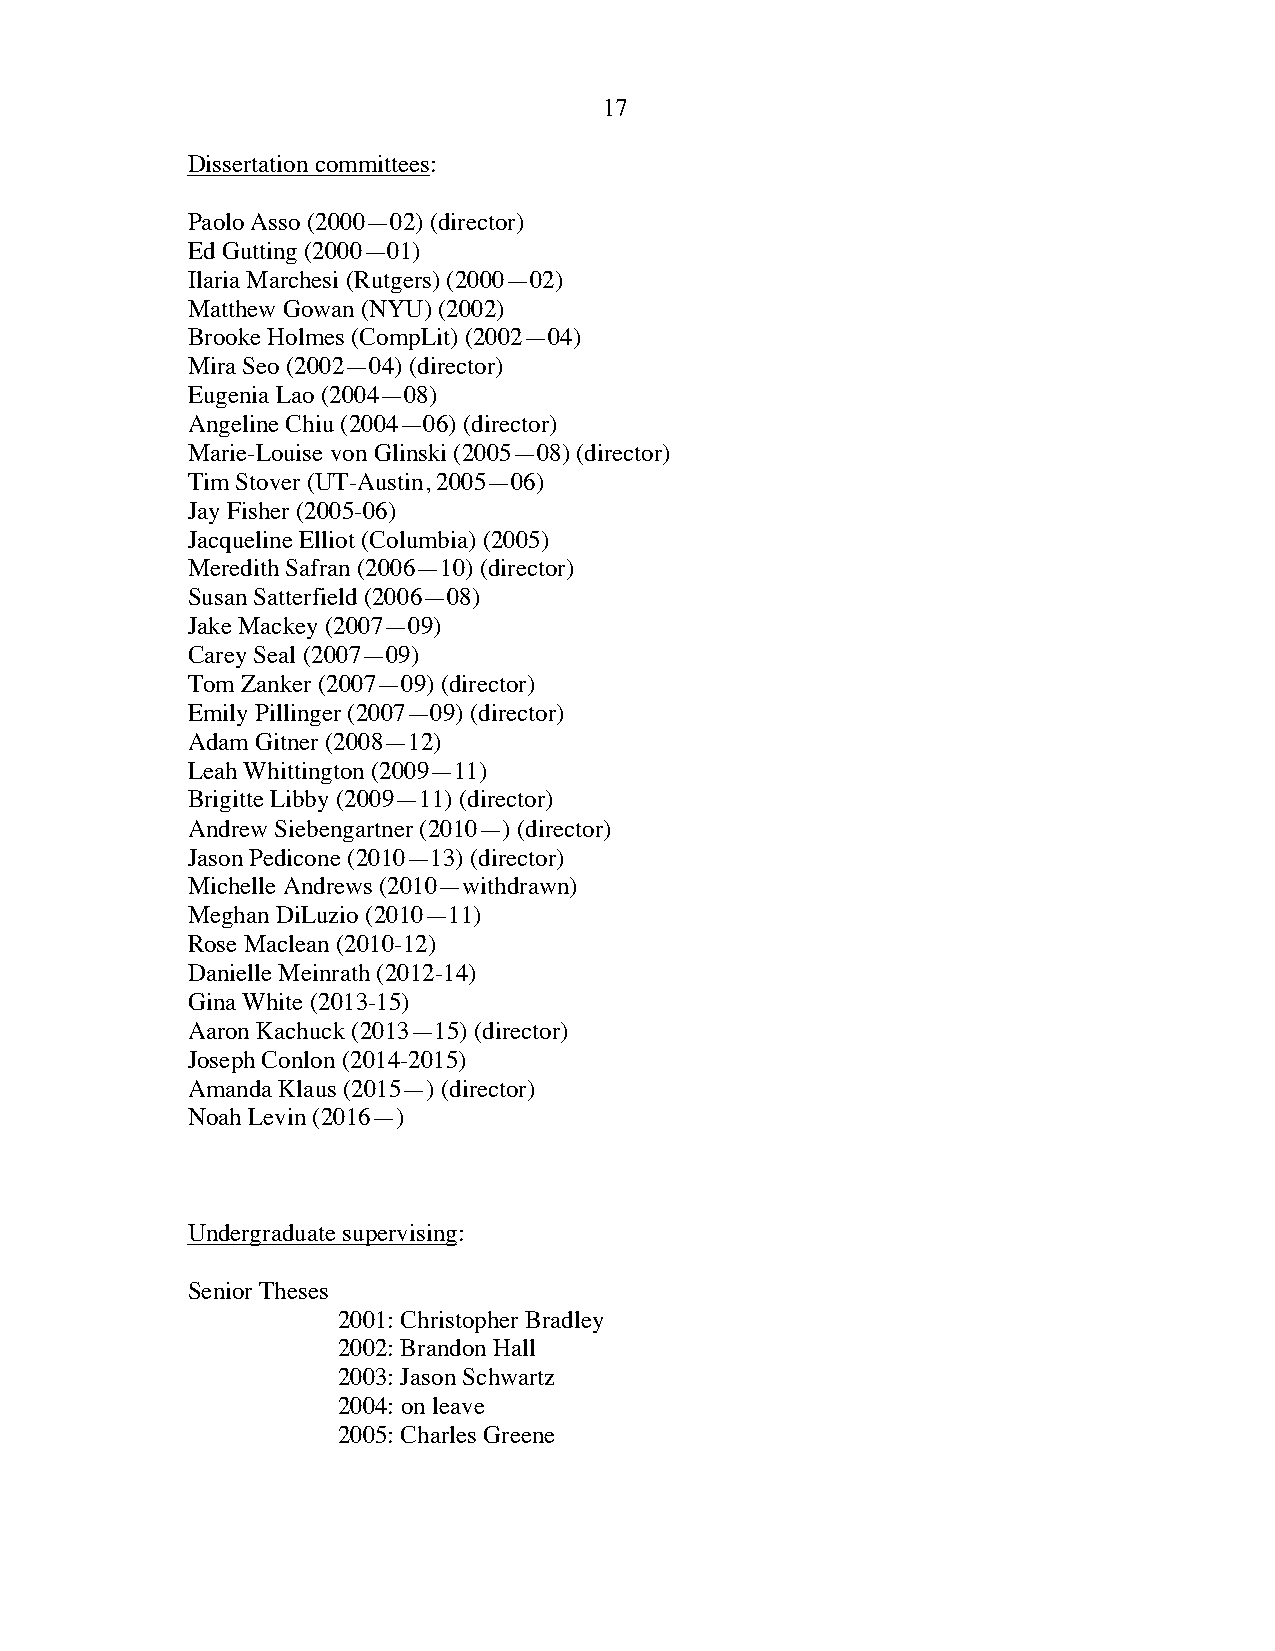
17
 Dissertation committees:
 Paolo Asso (2000—02) (director)
 Ed Gutting (2000—01)
 Ilaria Marchesi (Rutgers) (2000—02)
 Matthew Gowan (NYU) (2002)
 Brooke Holmes (CompLit) (2002—04)
 Mira Seo (2002—04) (director)
 Eugenia Lao (2004—08)
 Angeline Chiu (2004—06) (director)
 Marie-Louise von Glinski (2005—08) (director)
 Tim Stover (UT-Austin, 2005—06)
 Jay Fisher (2005-06)
 Jacqueline Elliot (Columbia) (2005)
 Meredith Safran (2006—10) (director)
 Susan Satterfield (2006—08)
 Jake Mackey (2007—09)
 Carey Seal (2007—09)
 Tom Zanker (2007—09) (director)
 Emily Pillinger (2007—09) (director)
 Adam Gitner (2008—12)
 Leah Whittington (2009—11)
 Brigitte Libby (2009—11) (director)
 Andrew Siebengartner (2010—) (director)
 Jason Pedicone (2010—13) (director)
 Michelle Andrews (2010—withdrawn)
 Meghan DiLuzio (2010—11)
 Rose Maclean (2010-12)
 Danielle Meinrath (2012-14)
 Gina White (2013-15)
 Aaron Kachuck (2013—15) (director)
 Joseph Conlon (2014-2015)
 Amanda Klaus (2015—) (director)
 Noah Levin (2016—)
 Undergraduate supervising:
 Senior Theses
 2001: Christopher Bradley
 2002: Brandon Hall
 2003: Jason Schwartz
 2004: on leave
 2005: Charles Greene